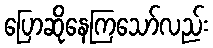
ပြောဆိုနေကြသော်လည်း